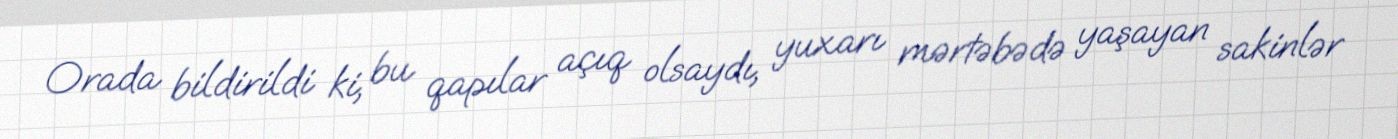
Orada bildirildi ki, bu qapılar açıq olsaydı, yuxarı mərtəbədə yaşayan sakinlər